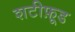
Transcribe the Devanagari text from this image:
शटीफ़ूड